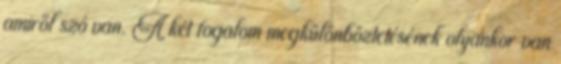
amiről szó van. A két fogalom megkülönböztetésének olyankor van